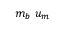
m _ { b } \ u _ { m }